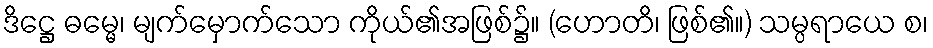
ဒိဋ္ဌေ ဓမ္မေ၊ မျက်မှောက်သော ကိုယ်၏အဖြစ်၌။ (ဟောတိ၊ ဖြစ်၏။) သမ္ပရာယေ စ၊